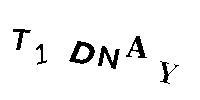
T1DNAY